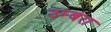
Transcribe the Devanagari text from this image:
उम्बरा